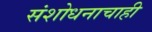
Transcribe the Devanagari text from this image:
संशोधनाचाही